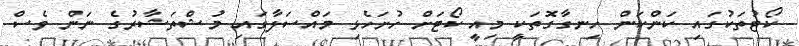
ކޯޓުތަކުގައި ކަންކަން ހިނގާގޮތަކީ މިއީ ކޯޓަށް ހުށަހެޅި މައްސަލާގައި މުޝްތަޝާރުގެ ނަން ވެސް